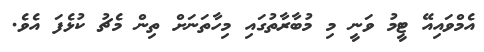
އެމްވައިއޭ ޓީމު ވަނީ މި މުބާރާތުގައި މިހާތަނަށް ތިން މެޗު ކުޅެފަ އެވެ.